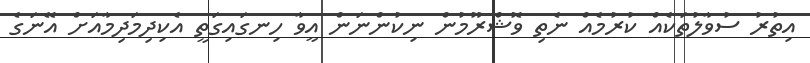
އިތުރު ސުވާލުތަކެއް ކުރުމެއް ނެތި ވޮޝްރޫމުން ނިކުންނަން އީވާ ހިނގައިގަތީ އެކިދިމަދިމާއަށް އޭނަގެ